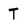
Character: T